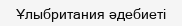
Ұлыбритания әдебиеті